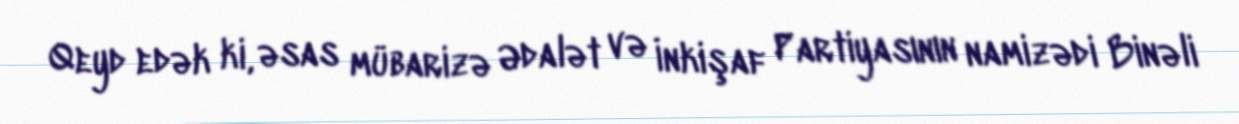
Qeyd edək ki, əsas mübarizə Ədalət və İnkişaf Partiyasının namizədi Binəli